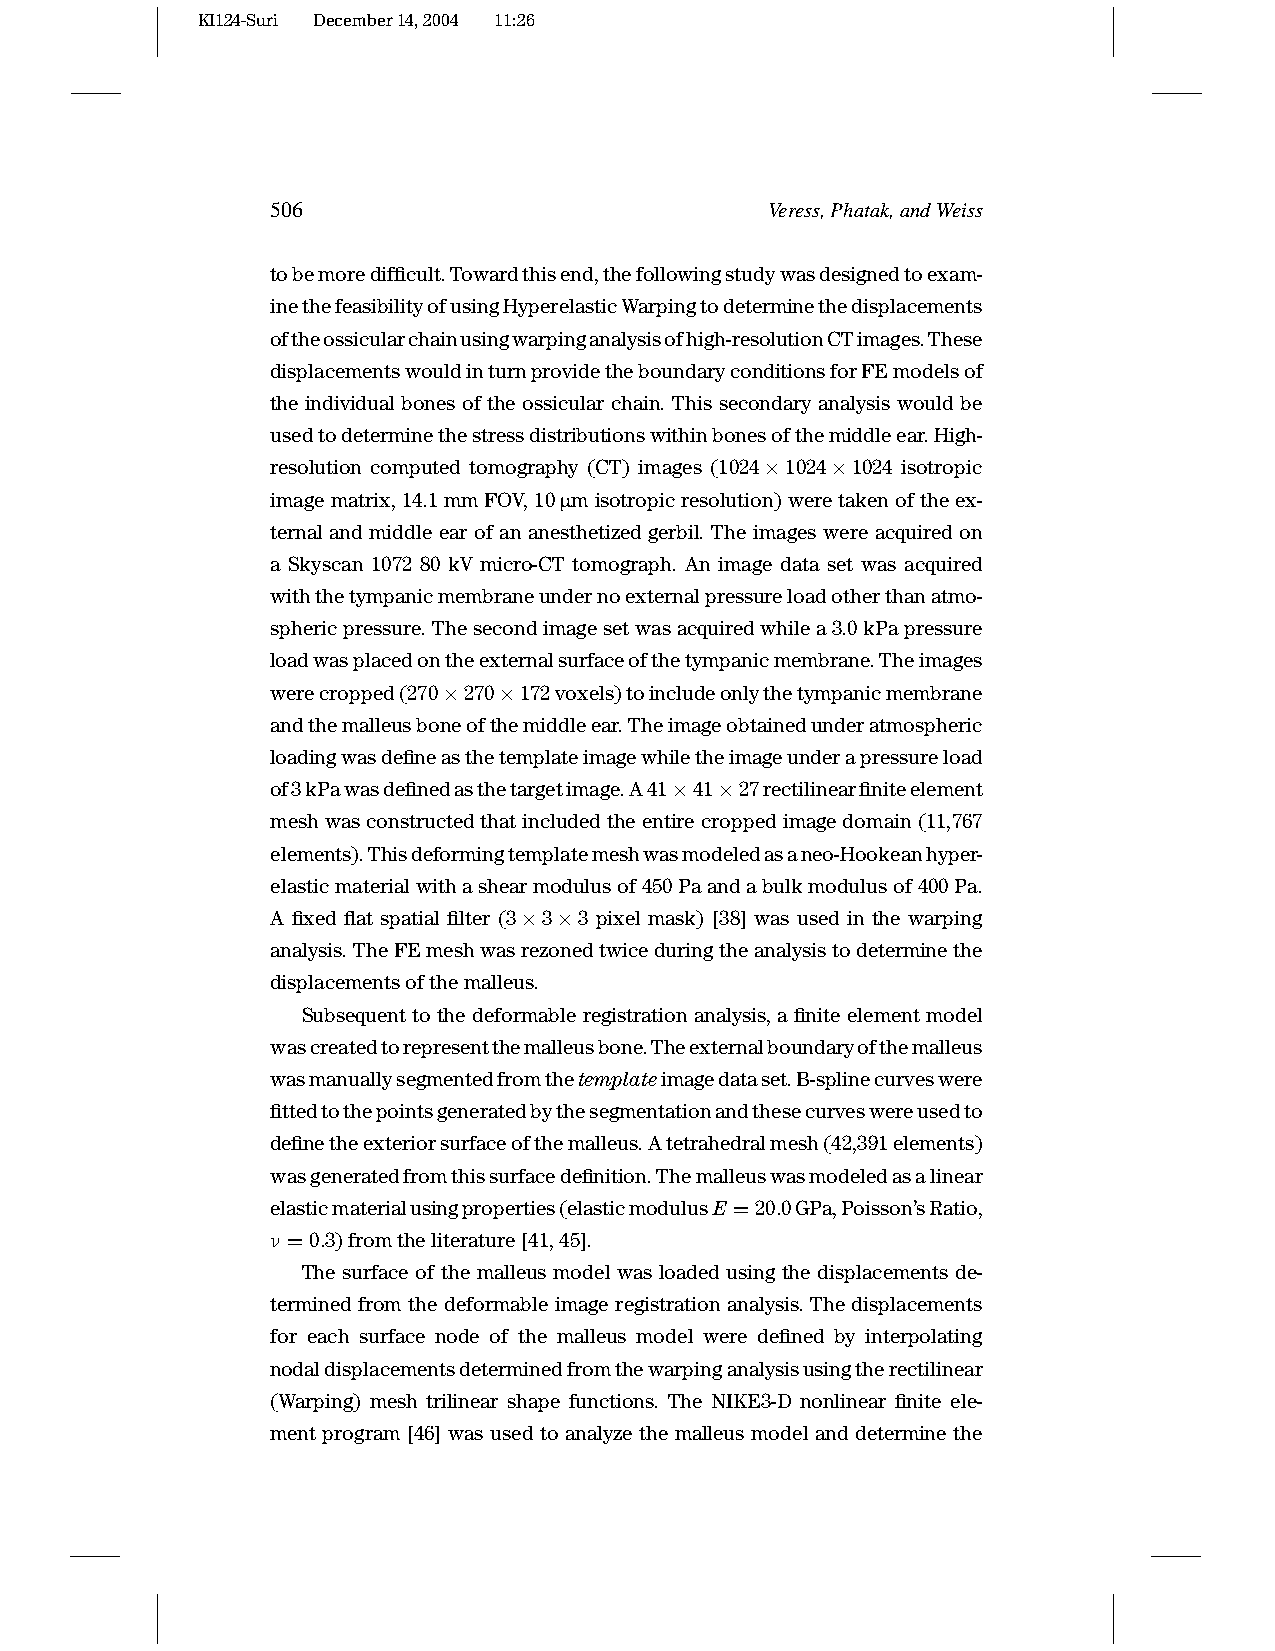
KI124-Suri December14,2004 11:26
 506                              Veress,Phatak,andWeiss
 tobemoredifficult.Towardthisend,thefollowingstudywasdesignedtoexam-
 inethefeasibilityofusingHyperelasticWarpingtodeterminethedisplacements
 oftheossicularchainusingwarpinganalysisofhigh-resolutionCTimages.These
 displacementswouldinturnprovidetheboundaryconditionsforFEmodelsof
 the individual bones of the ossicular chain. This secondary analysis would be
 usedtodeterminethestressdistributionswithinbonesofthemiddleear.High-
 resolution computed tomography (CT) images (1024×1024×1024 isotropic
 imagematrix,14.1mmFOV,10µmisotropicresolution)weretakenoftheex-
 ternal and middle ear of an anesthetized gerbil. The images were acquired on
 a Skyscan 1072 80 kV micro-CT tomograph. An image data set was acquired
 withthetympanicmembraneundernoexternalpressureloadotherthanatmo-
 sphericpressure.Thesecondimagesetwasacquiredwhilea3.0kPapressure
 loadwasplacedontheexternalsurfaceofthetympanicmembrane.Theimages
 werecropped(270×270×172voxels)toincludeonlythetympanicmembrane
 andthemalleusboneofthemiddleear.Theimageobtainedunderatmospheric
 loadingwasdefineasthetemplateimagewhiletheimageunderapressureload
 of3kPawasdefinedasthetargetimage.A41×41×27rectilinearfiniteelement
 meshwasconstructedthatincludedtheentirecroppedimagedomain(11,767
 elements).Thisdeformingtemplatemeshwasmodeledasaneo-Hookeanhyper-
 elasticmaterialwithashearmodulusof450Paandabulkmodulusof400Pa.
 A fixed flat spatial filter (3×3×3 pixel mask) [38] was used in the warping
 analysis.TheFEmeshwasrezonedtwiceduringtheanalysistodeterminethe
 displacementsofthemalleus.
 Subsequent to the deformable registration analysis, a finite element model
 wascreatedtorepresentthemalleusbone.Theexternalboundaryofthemalleus
 wasmanuallysegmentedfromthetemplateimagedataset.B-splinecurveswere
 fittedtothepointsgeneratedbythesegmentationandthesecurveswereusedto
 definetheexteriorsurfaceofthemalleus.Atetrahedralmesh(42,391elements)
 wasgeneratedfromthissurfacedefinition.Themalleuswasmodeledasalinear
 elasticmaterialusingproperties(elasticmodulusE =20.0GPa,Poisson’sRatio,
 ν =0.3)fromtheliterature[41,45].
 The surface of the malleus model was loaded using the displacements de-
 termined from the deformable image registration analysis. The displacements
 for each surface node of the malleus model were defined by interpolating
 nodaldisplacementsdeterminedfromthewarpinganalysisusingtherectilinear
 (Warping) mesh trilinear shape functions. The NIKE3-D nonlinear finite ele-
 ment program [46] was used to analyze the malleus model and determine the